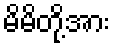
မိမိတို့အား